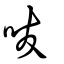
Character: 㕹